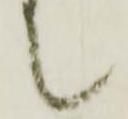
て